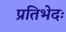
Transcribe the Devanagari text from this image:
प्रतिभेदः